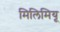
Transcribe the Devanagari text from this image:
मिलिमियू